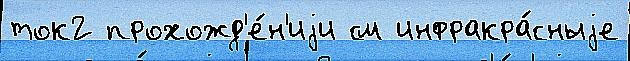
ток2 прохожд'е́н'иjи см инфракра́сныjе